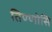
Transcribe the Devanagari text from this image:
तिण्णोसि